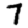
Digit: 7